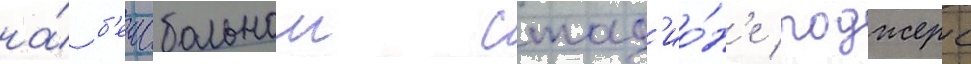
на́ б'еисбольном стад'ио́н'е роджерс